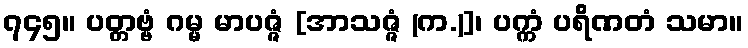
၇၄၅။ ပတ္တဗ္ဗံ ဂမ္မ မာပဇ္ဇံ [အာသဇ္ဇံ (က.)]၊ ပက္ကံ ပရိဏတံ သမာ။